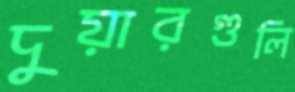
দুয়ারগুলি